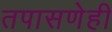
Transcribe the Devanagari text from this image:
तपासणेही